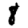
Digit: 8